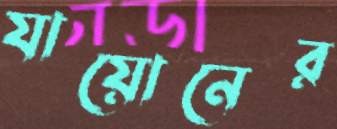
যায়োনের